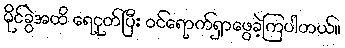
မိုင်ခွဲအထိ ရေငုတ်ပြီး ဝင်ရောက်ရှာဖွေခဲ့ကြပါတယ်။